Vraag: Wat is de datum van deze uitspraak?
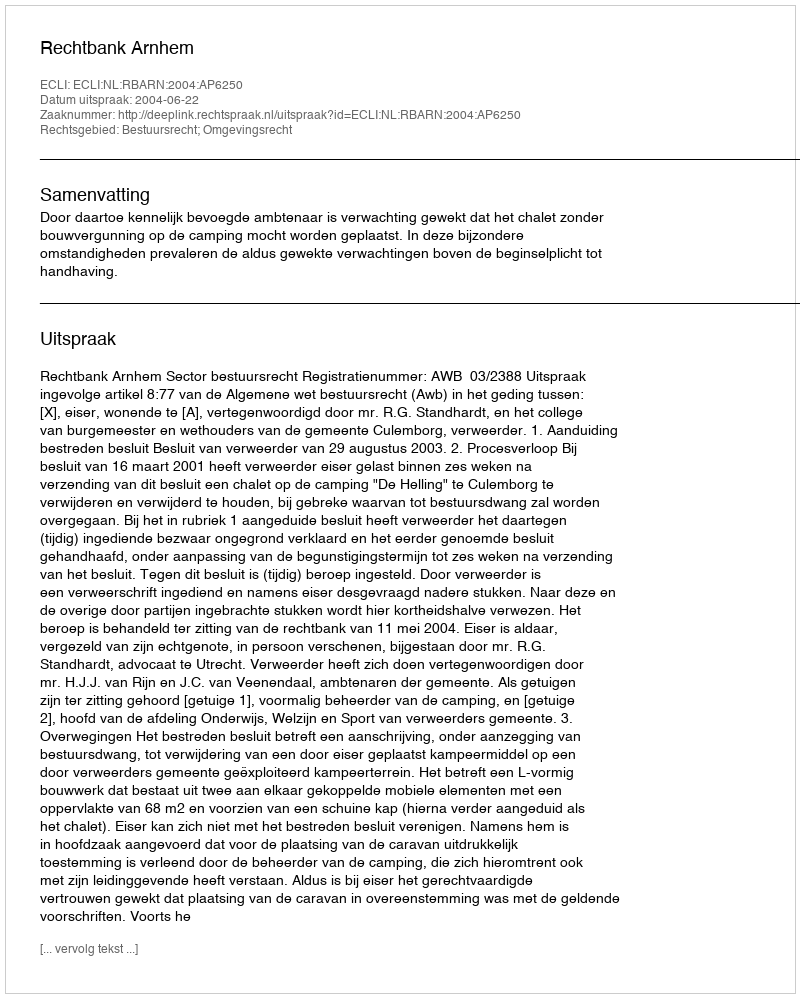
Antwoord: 2004-06-22